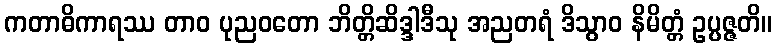
ကတာဓိကာရဿ တာဝ ပုညဝတော ဘိတ္တိဆိဒ္ဒါဒီသု အညတရံ ဒိသွာဝ နိမိတ္တံ ဥပ္ပဇ္ဇတိ။